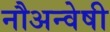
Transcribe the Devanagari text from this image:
नौअन्वेषी